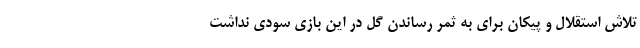
تلاش استقلال و پیکان برای به ثمر رساندن گل در این بازی سودی نداشت